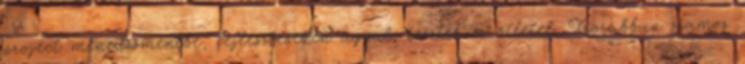
project menedzsmentbe, fejlesztéseken agyal, tesztel és ötletel. Korábban számos